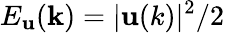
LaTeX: E_{\mathbf{u}}({\mathbf{k}})=\lvert{\mathbf{\mathbf{u}}(k)}\rvert^{2}/2